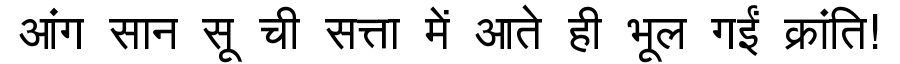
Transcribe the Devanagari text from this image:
आंग सान सू ची सत्ता में आते ही भूल गईं क्रांति!